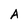
Character: A